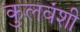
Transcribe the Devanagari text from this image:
कुलवंशी